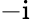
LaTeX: -\mathrm{i}